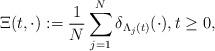
LaTeX: \begin{align*}\Xi(t, \cdot) := \frac{1}{N} \sum_{j=1}^N \delta_{\Lambda_j(t)}(\cdot),t \geq 0,\end{align*}